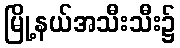
မြို့နယ်အသီးသီး၌